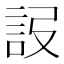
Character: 𧦮